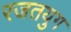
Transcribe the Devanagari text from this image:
रजतयुग